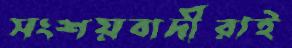
সংশয়বাদীরাই